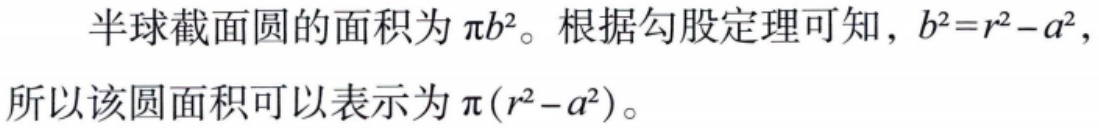
半球截面圆的面积为$\pi b^{2}$。根据勾股定理可知，$b^{2}=r^{2}-a^{2}$，所以该圆面积可以表示为$\pi(r^{2}-a^{2})$。